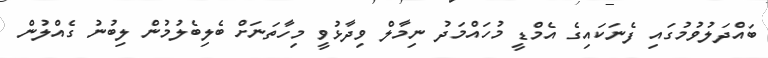
ބައްދަލުވުމުގައި ފެނަކައިގެ އެމްޑީ މުހައްމަދު ނިމާލް ވިދާޅުވީ މިހާތަނަށް ބެލިބެލުމުން ލިބުނު ގެއްލުން